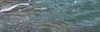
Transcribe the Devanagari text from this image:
क़रन्यासाठी